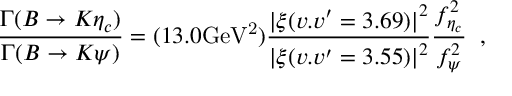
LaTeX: \frac { \Gamma ( B \rightarrow K \eta _ { c } ) } { \Gamma ( B \rightarrow K \psi ) } = ( 1 3 . 0 \mathrm { G e V ^ { 2 } } ) \frac { { \vert \xi ( v . v ^ { \prime } = 3 . 6 9 ) \vert } ^ { 2 } } { { \vert \xi ( v . v ^ { \prime } = 3 . 5 5 ) \vert } ^ { 2 } } \frac { f _ { \eta _ { c } } ^ { 2 } } { f _ { \psi } ^ { 2 } } \; \; ,